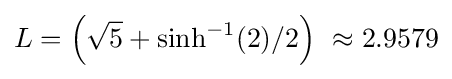
L=\left({\sqrt {5}}+\sinh ^{-1}(2)/2\right)\ \approx {2.9579}